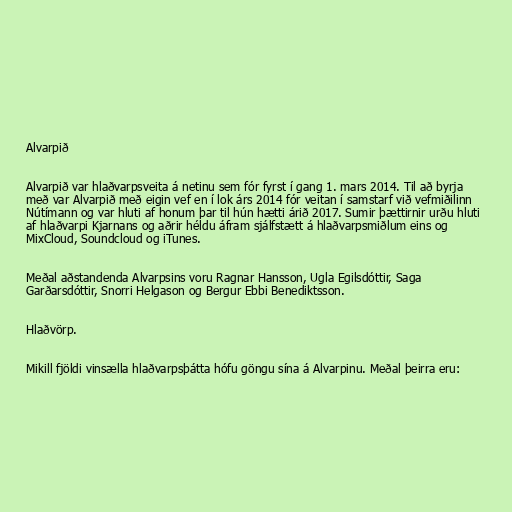
Alvarpið

Alvarpið var hlaðvarpsveita á netinu sem fór fyrst í gang 1. mars 2014. Til að byrja
með var Alvarpið með eigin vef en í lok árs 2014 fór veitan í samstarf við vefmiðilinn
Nútímann og var hluti af honum þar til hún hætti árið 2017. Sumir þættirnir urðu hluti
af hlaðvarpi Kjarnans og aðrir héldu áfram sjálfstætt á hlaðvarpsmiðlum eins og
MixCloud, Soundcloud og iTunes.

Meðal aðstandenda Alvarpsins voru Ragnar Hansson, Ugla Egilsdóttir, Saga
Garðarsdóttir, Snorri Helgason og Bergur Ebbi Benediktsson.

Hlaðvörp.

Mikill fjöldi vinsælla hlaðvarpsþátta hófu göngu sína á Alvarpinu. Meðal þeirra eru: